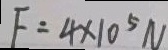
F = 4 \times 1 0 ^ { 5 } N